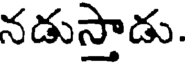
నడుస్తాడు.